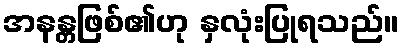
အနန္တဖြစ်၏ဟု နှလုံးပြုရသည်။